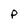
Character: P